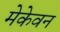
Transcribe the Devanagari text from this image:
मेकेवन